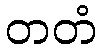
တတံ